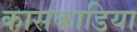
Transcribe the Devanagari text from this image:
कासकाडिया